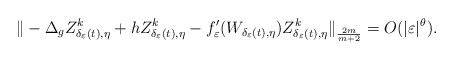
\begin{align*}\|-\Delta_{g}Z_{\delta_{\varepsilon}(t),\eta}^{k}+hZ_{\delta_{\varepsilon}(t),\eta}^{k}-f_{\varepsilon}'(W_{\delta_{\varepsilon}(t),\eta})Z_{\delta_{\varepsilon}(t),\eta}^{k}\|_{\frac{2m}{m+2}}=O(|\varepsilon|^{\theta}).\end{align*}